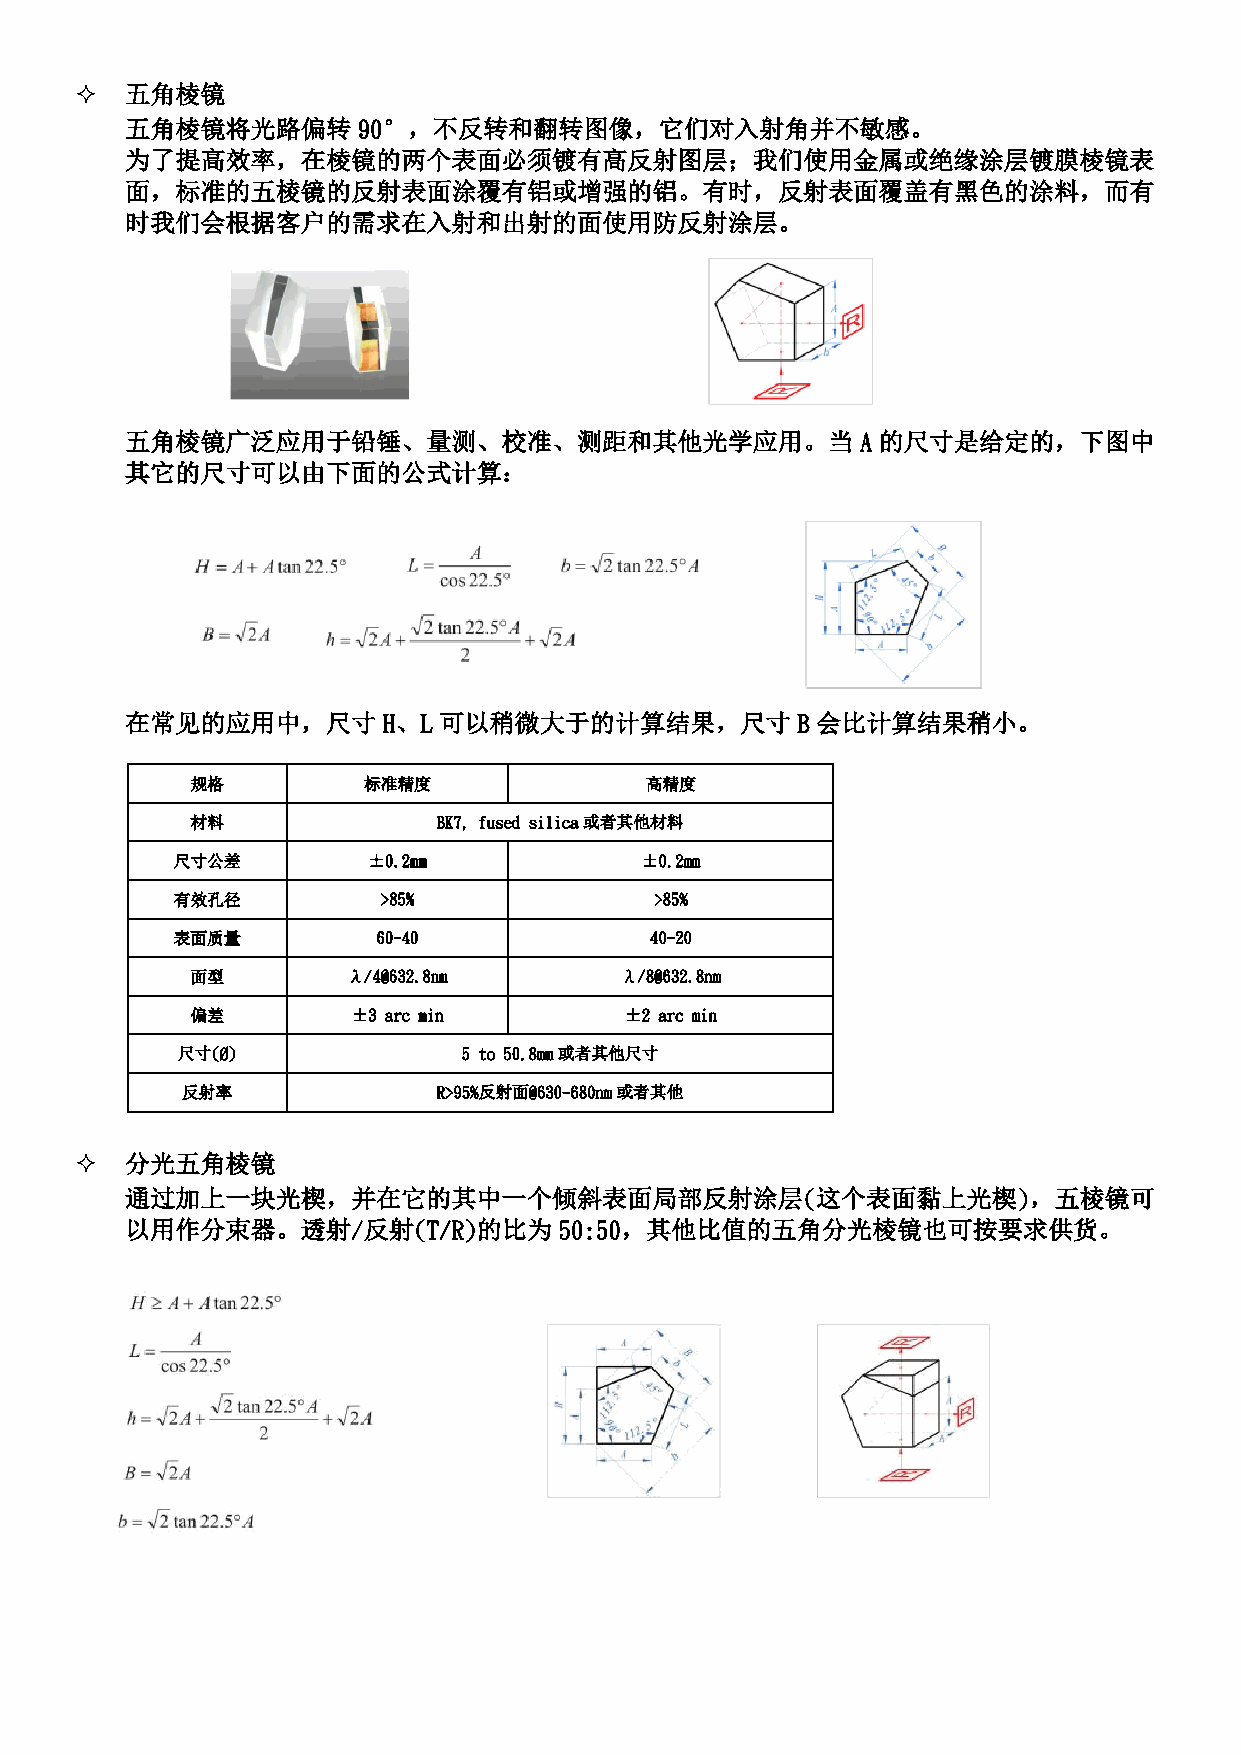
  五角棱镜
 五角棱镜将光路偏转       90°，不反转和翻转图像，它们对入射角并不敏感。
 为了提高效率，在棱镜的两个表面必须镀有高反射图层；我们使用金属或绝缘涂层镀膜棱镜表
 面，标准的五棱镜的反射表面涂覆有铝或增强的铝。有时，反射表面覆盖有黑色的涂料，而有
 时我们会根据客户的需求在入射和出射的面使用防反射涂层。
 五角棱镜广泛应用于铅锤、量测、校准、测距和其他光学应用。当                    A的尺寸是给定的，下图中
 其它的尺寸可以由下面的公式计算：
 在常见的应用中，尺寸       H、L 可以稍微大于的计算结果，尺寸          B 会比计算结果稍小。
 规格         标准精度               高精度
 材料              BK7, fused silica或者其他材料
 尺寸公差         ±0.2mm            ±0.2mm
 有效孔径          >85%              >85%
 表面质量          60-40             40-20
 面型        λ/4@632.8nm       λ/8@632.8nm
 偏差        ±3 arc min        ±2 arc min
 尺寸(Ø)              5 to 50.8mm或者其他尺寸
 反射率              R>95%反射面@630-680nm或者其他
   分光五角棱镜
 通过加上一块光楔，并在它的其中一个倾斜表面局部反射涂层(这个表面黏上光楔)，五棱镜可
 以用作分束器。透射/反射(T/R)的比为         50:50，其他比值的五角分光棱镜也可按要求供货。